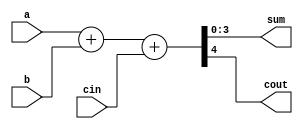
module adder_4bit_task1(a , b, cin, sum, cout) ;

	input [3:0] a, b ;
	input cin ;

	output reg [3:0] sum ;
	output reg cout ;

	task adder ;
		{cout, sum} = a + b + cin ;

	endtask

	always @(a , b, cin)
		adder ;

endmodule